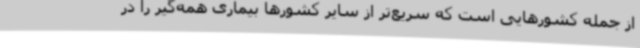
از جمله کشورهایی است که سریع‌تر از سایر کشورها بیماری همه‌گیر را در